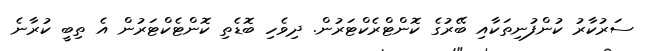
ސަރުކާރު ކުންފުނިތަކާއި ބޭރުގެ ކޮންޓްރެކްޓަރުން. ދިވެހި ބޮޑެތި ކޮންޓެކްޓަރުން އެ ތިބީ ކުރާނެ